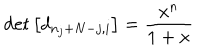
\det \left[ d _ { n _ { j } + N - j , i } \right] = \frac { x ^ { n } } { 1 + x }